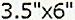
3.5"X6"